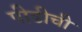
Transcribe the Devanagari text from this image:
पीढीची